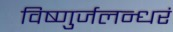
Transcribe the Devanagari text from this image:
विष्णुर्जलन्धरं